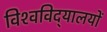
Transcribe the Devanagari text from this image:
विश्‍वविद्‌यालयों